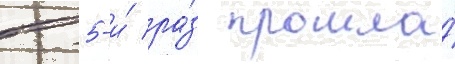
в 5-и́ ра́з прошла́